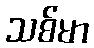
သစ်မာ